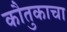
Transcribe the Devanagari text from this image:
कौतुकाचा